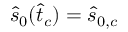
\hat { s } _ { 0 } ( \hat { t } _ { c } ) = \hat { s } _ { 0 , c }